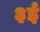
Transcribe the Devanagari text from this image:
३ई